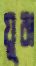
যুবা